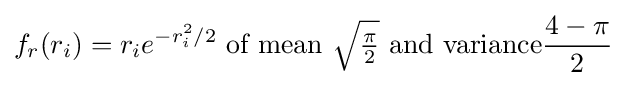
f_{r}(r_{i})=r_{i}e^{-r_{i}^{2}/2}{\text{ of mean }}{\sqrt {\tfrac {\pi }{2}}}{\text{ and variance}}{\frac {4-\pi }{2}}